Madras plague regulations in force outside the Presidency town - Volume 4
Disease focus: Plague
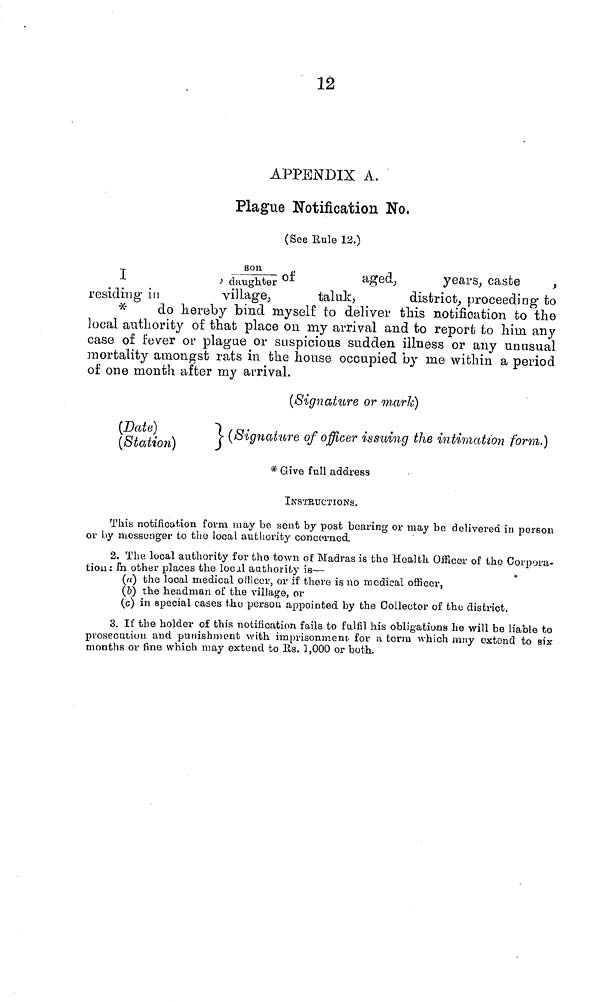
12
APPENDIX A.
Plague Notification No.
(See Rule 12.)
T
Son/daughter
of
aged,
,
years, caste
residing in
village,
taluk,
district, proceediag to
*
do hereby bind myself to deliver this notification to the
local authority of that place on my arrival and to report to him any
case of fever or plague or siispicioue sudden illness or any unusual
mortality amongst rats in the house occupied by nie within a period
of one month after my arrival.
(Signature or incurie)
(Date)
(Station)
} (Signature of officer issuing the intimation form,
* Give full address
INSTRUCTIONS.
This notification form may be sent by post bearing or may be delivered in person
or by messenger to the local authority concerned,
2. The local authority for the town of Madras is the Health Oificer of the Corpora-
tion: fn other places the locil authority
is—
(a) the local medical officer, or if there is no medical officer,
(b) the headman of the village, or
(c) in special cases the person appointed by the Collector of the district.
3. If the holder of this notification fails to fulfil his obligations he will be liable to
prosecution and punishment with imprisonment for a term which may extend to six-
months or fine which may extend to Us. 1,000 or both.